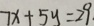
7 x + 5 y = 2 9